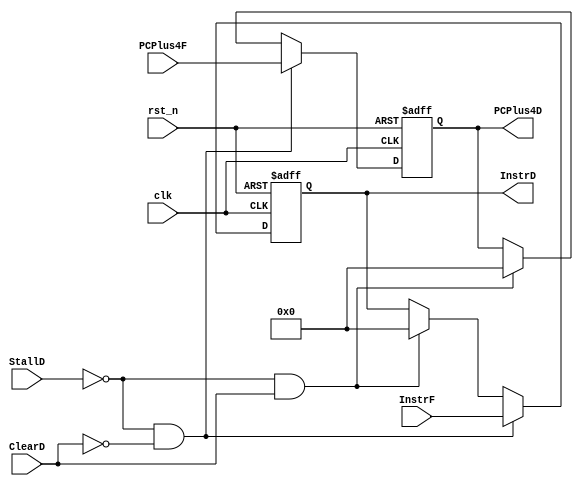
`timescale 1ns / 1ps
//////////////////////////////////////////////////////////////////////////////////
// Company: 
// Engineer: 
// 
// Design Name: 
// Module Name:    IF_ID 
// Project Name: 
// Target Devices: 
// Tool versions: 
// Description: 
//
// Dependencies: 
//
// Revision: 
// Revision 0.01 - File Created
// Additional Comments: 
//
//////////////////////////////////////////////////////////////////////////////////
module IF_ID(
	input clk,
	input rst_n,
	input [31:0] InstrF,
	input [31:0] PCPlus4F,
	input StallD,
	input ClearD,

	output reg [31:0] InstrD,
	output reg [31:0] PCPlus4D
	);

always @(posedge clk or negedge rst_n) begin
	if (~rst_n) begin
		// reset
		InstrD <= 0;
		PCPlus4D <= 0;
	end
	else if (~StallD && ~ClearD)begin
		InstrD <= InstrF;
		PCPlus4D <= PCPlus4F;
	end
	else if (~StallD && ClearD)begin
		InstrD <= 0;
		PCPlus4D <= 0;
	end
end

endmodule